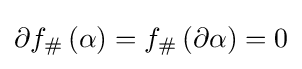
\partial f_{\#}\left(\alpha \right)=f_{\#}\left(\partial \alpha \right)=0